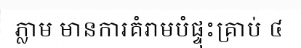
ភ្លាម មានការគំរាមបំផ្ទុះគ្រាប់ ៤